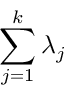
\sum _ { j = 1 } ^ { k } \lambda _ { j }